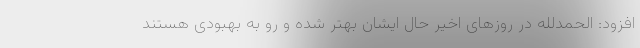
افزود: الحمدلله در روزهای اخیر حال ایشان بهتر شده و رو به بهبودی هستند